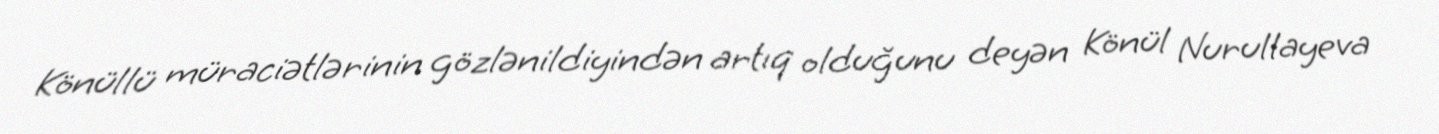
Könüllü müraciətlərinin gözlənildiyindən artıq olduğunu deyən Könül Nurullayeva